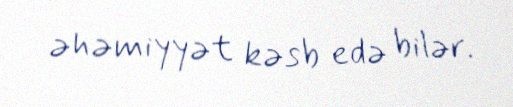
əhəmiyyət kəsb edə bilər.